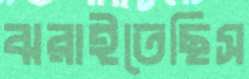
ঝরাইতেছিস